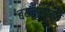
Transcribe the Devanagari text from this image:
बयलूसीमेत